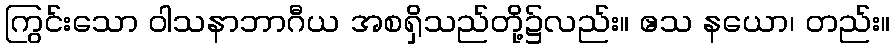
ကြွင်းသော ဝါသနာဘာဂီယ အစရှိသည်တို့၌လည်း။ ဧသ နယော၊ တည်း။